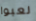
لعبوا